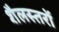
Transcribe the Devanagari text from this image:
शैलस्तरों